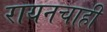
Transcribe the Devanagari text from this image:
रायनचाही